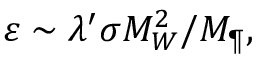
\varepsilon \sim \lambda ^ { \prime } \sigma M _ { W } ^ { 2 } / M _ { \P } ,